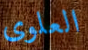
العلوى